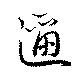
迩